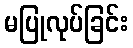
မပြုလုပ်ခြင်း